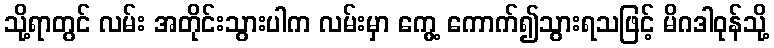
သို့ရာတွင် လမ်း အတိုင်းသွားပါက လမ်းမှာ ကွေ့ ကောက်၍သွားရသဖြင့် မိဂဒါဝုန်သို့